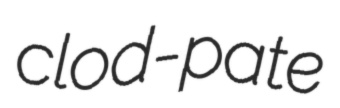
clod-pate